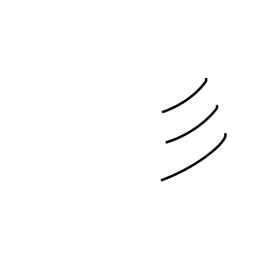
Meaning: short hair or fur radical (no. 59)